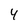
Character: 4